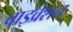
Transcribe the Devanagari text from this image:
वाइव्रेशन